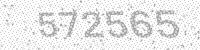
Solution: 572565